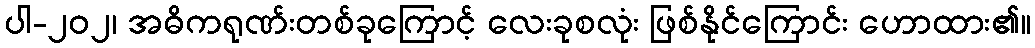
ပါ-၂၀၂၊ အဓိကရုဏ်းတစ်ခုကြောင့် လေးခုစလုံး ဖြစ်နိုင်ကြောင်း ဟောထား၏။